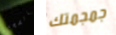
بالصحة جمجمتك